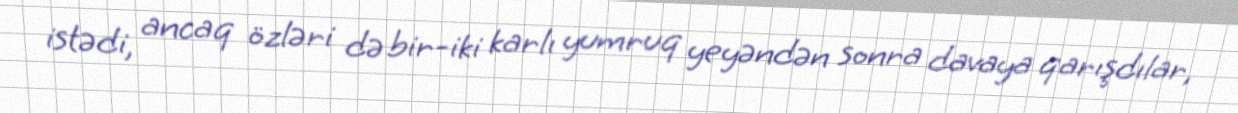
istədi, ancaq özləri də bir-iki karlı yumruq yeyəndən sonra davaya qarışdılar,